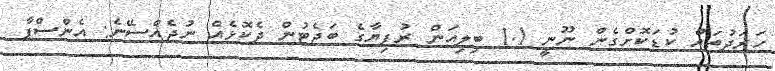
ހަރަދުތައް ކުޑަކޮށްގެން ނޫނީ 1.1 ބިލިއަން ރުފިޔާގެ ބަޖެޓުން ދެކޮޅެއް ނުޖެއްސޭނެ: އެންސްޕާ